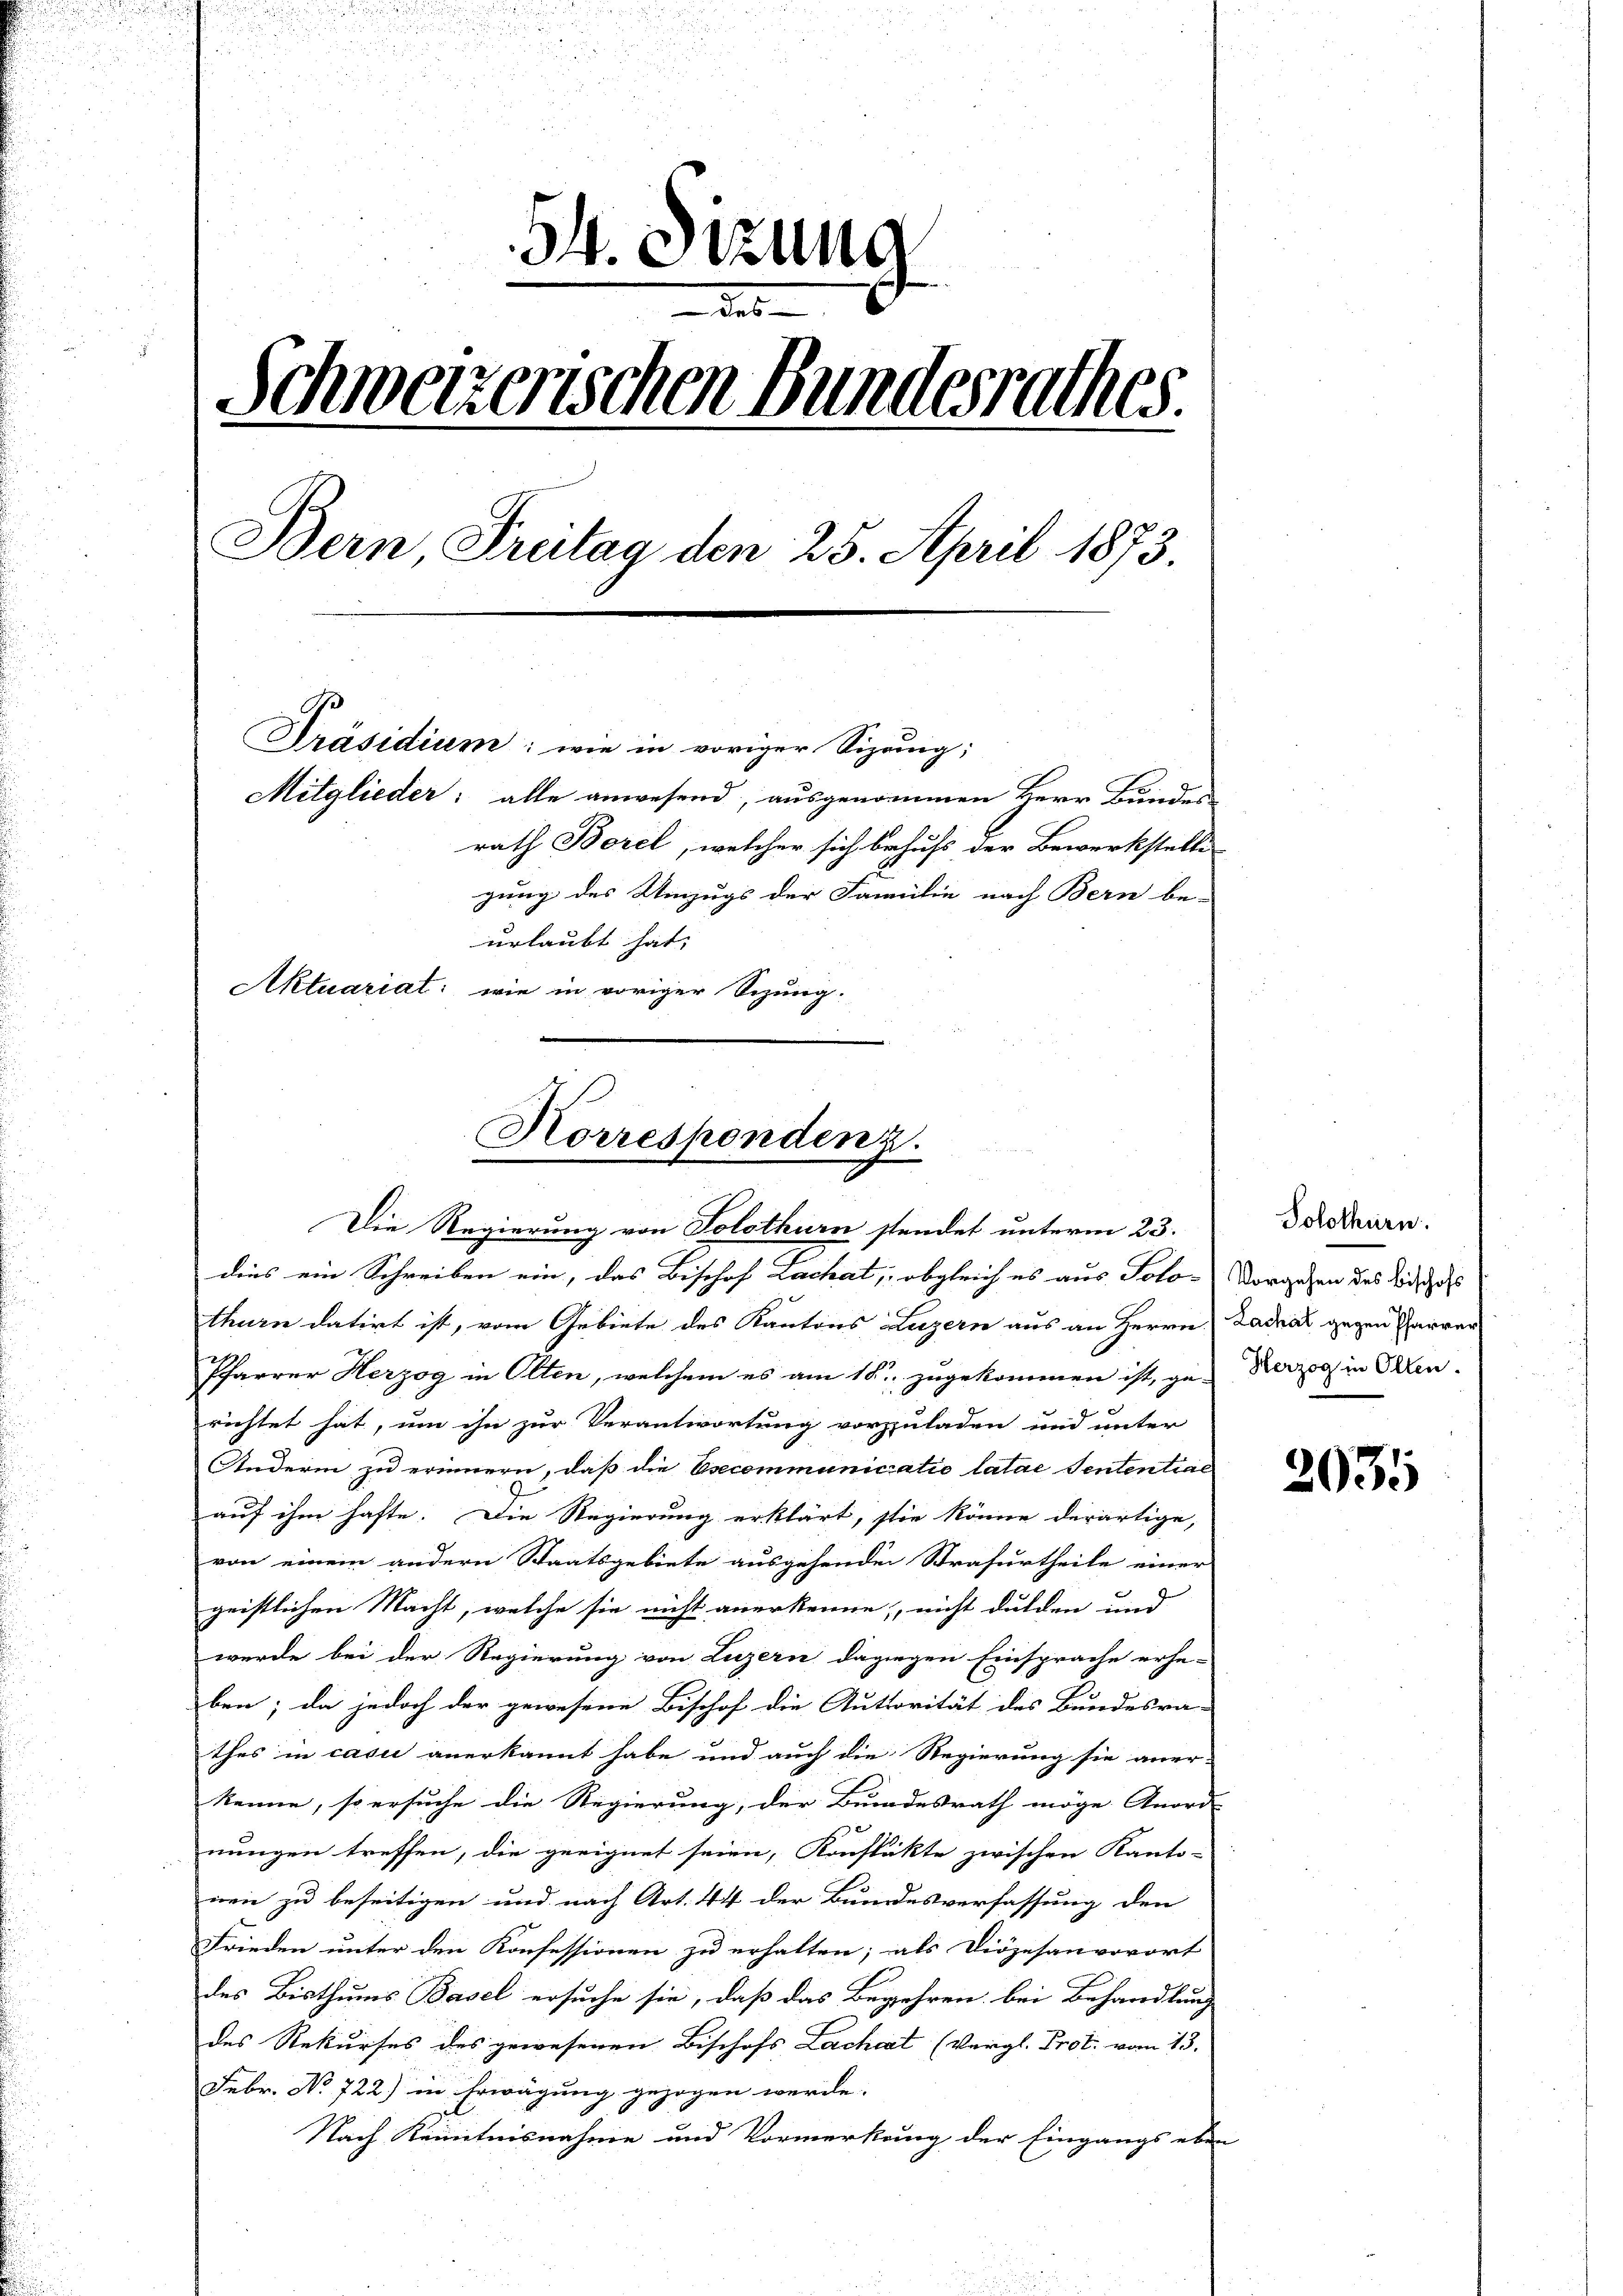
¬
54. Sitzung
Schweizerischen Bundesrathes
Bern Freitag den 25. April 1873
Präsidium: wie in voriger Sizauig;
Mitglieder: alle anwesend, ausgenommen Herr Bundes
rath Borel, welcher sich behufs der Bewerkstelli-
gung des Umzugs der Familie nach Bern be-
erlaubt hat, |
Aktuariat: wie in voriger Sitzung.

Korrespondenz.
Die Regierung von Solothurn stendet unterm 23.

dies ein Schreiben ein, das Bischof Lachat, obgleich es aus Polo-
thurn datirt ist, vom Gebiete des Kantons Luzern aus an Herrn
Pfarrer Herzog in Olten, welchem es am 18. zugekommen ist, ge-
richtet hat, um ihn zur Verantwortung vorzuladen und unter
Andern zu erinnern, daß die Esecommunicatio latae Sententiae
auf ihm hafte. Die Regierung erklärt, stie könne derartige,
von einem andern Staatsgebiete ausgehenden Strafurtheile einer
geistlichen Macht, welche sie nicht anerkenne, nicht dulden und
wurde bei der Regierung von Luzern dagegen Einsprache erhe-
ben; da jedoch der gewesene Bischof die Autorität des Bundesra-
thes in casi anerkannt habe und auch die Regierung sie aner-
kenne, so ersuche die Regierung, der Bundesrath möge Anord-
nungen treffen, die geeignet seien, Konstükte zwischen Kanto-
nen zu beseitigen und nach Art. 44 der Bundesverfassung den
Frieden unter den Konfessionen zu erhalten; als Diözesanvorort
des Bisthums Basel ersuche sie, daß das Begehren bei Behandlung
des Rekurses des gewesenen Bischofs Lachcat (Vergl. Prot. vom 13.
Febr. No 722.) in Erwägung gezogen werde.
Nach Kenntnisnahme und Vormerkung der Eingangs eben-

Solothurn.
Vorgehen des Bischofs
Lachal gegen Pfarrer
Herzog in Olten.

2031